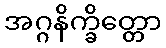
အဂ္ဂနိက္ခိတ္တော